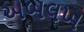
અબલખ